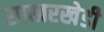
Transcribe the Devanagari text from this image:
साखरखेडी